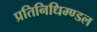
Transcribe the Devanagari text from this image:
प्रतिनिधिम्ण्डल